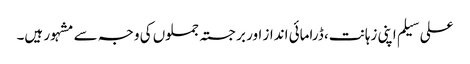
علی سیلم اپنی زہانت، ڈرامائی انداز اور برجستہ جملوں کی وجہ سے مشہور ہیں۔